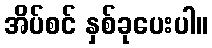
အိပ်စင် နှစ်ခုပေးပါ။